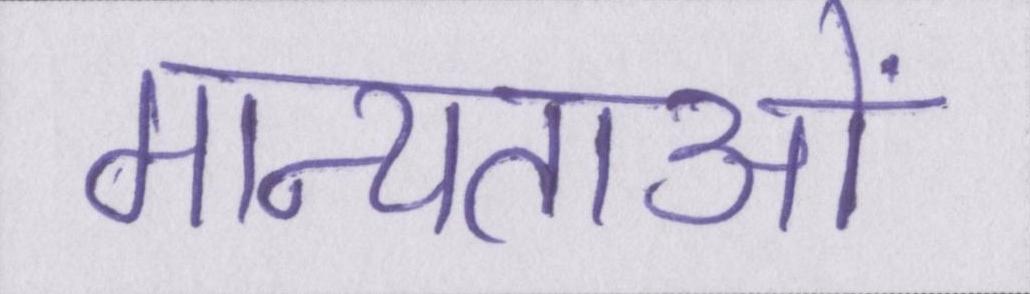
मान्यताओं